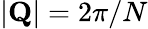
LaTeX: |\mathbf{Q}|=2\pi/N